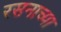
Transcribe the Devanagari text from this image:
रसनाच्या